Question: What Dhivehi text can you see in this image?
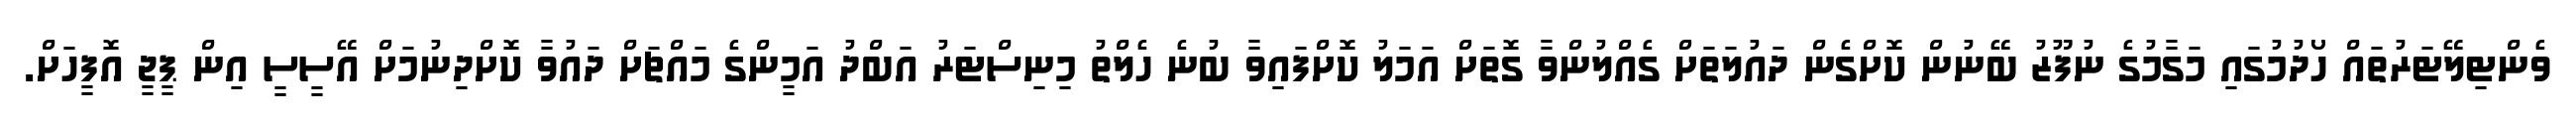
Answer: ވެންޓިލޭޓަރުތައް ހޯދުމުގައި މަގާމުގެ ނުފޫޒު ބޭނުން ކޮށްގެން ދައުލަތަށް ގެއްލުންވާ ގޮތަށް އަމަލު ކޮށްފައިވާ ބުނެ ހެލްތު މިނިސްޓަރު އަބްދު އަމީންގެ މައްޗަށް ދައުވާ ކޮށްދިނުމަށް އޭސީސީ އިން ޕީޖީ އޮފީހަށް.